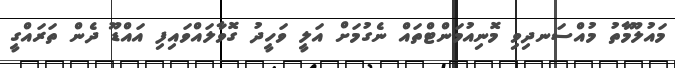
މައުލޫމާތު މުއްސަނދިވި މޮނިއުމަންޓްތައް ނެގުމަށް އަލީ ވަހީދު ގޮވާލައްވައިފި އައްޑޫ ދެން ތަރައްގީ